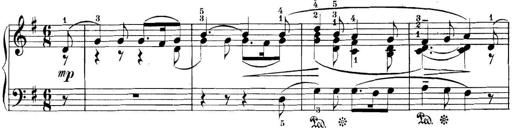
Title: 3 Sonatinas
Composer: Carl Reinecke